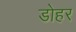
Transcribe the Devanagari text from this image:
डोहर